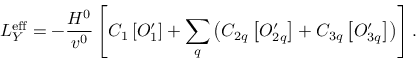
{ \cal L } _ { Y } ^ { \mathrm { e f f } } = - \frac { H ^ { 0 } } { v ^ { 0 } } \left[ C _ { 1 } \left[ O _ { 1 } ^ { \prime } \right] + \sum _ { q } \left( C _ { 2 q } \left[ O _ { 2 q } ^ { \prime } \right] + C _ { 3 q } \left[ O _ { 3 q } ^ { \prime } \right] \right) \right] .